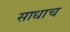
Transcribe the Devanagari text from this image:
साधाच